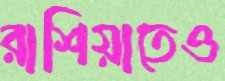
রাশিয়াতেও